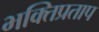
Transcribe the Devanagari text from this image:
भक्तिप्रताप